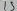
Text: 15